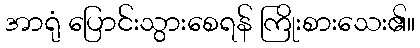
အာရုံ ပြောင်းသွားစေရန် ကြိုးစားသေး၏။